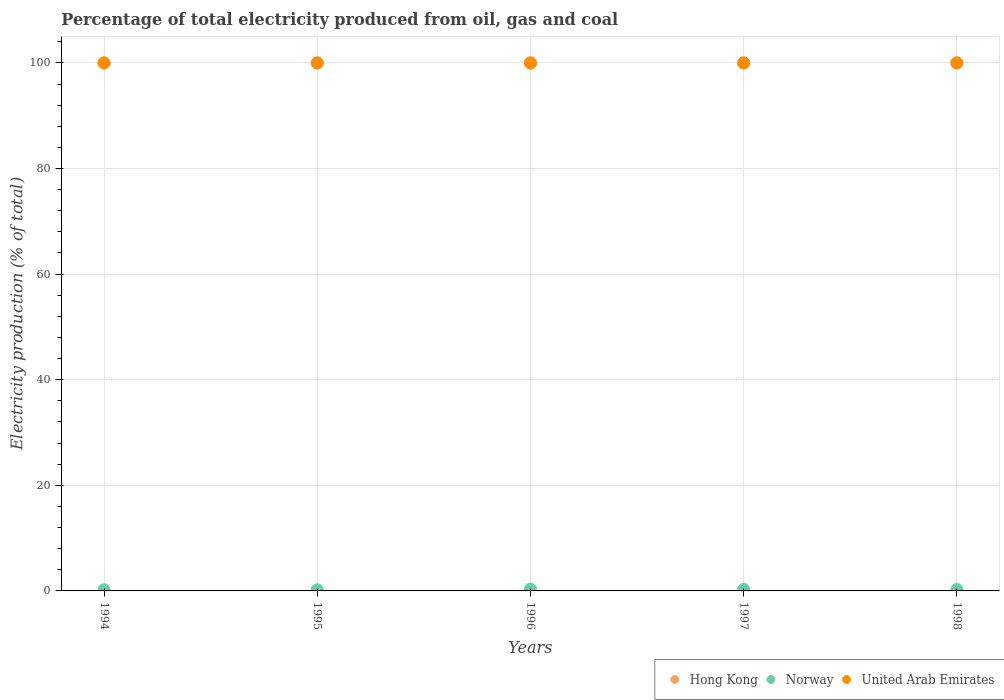
| Years | Hong Kong | Norway | United Arab Emirates |
 | --- | --- | --- | --- |
 | 1994 | 100 | 0.225 | 100 |
 | 1995 | 100 | 0.223 | 100 |
 | 1996 | 100 | 0.354 | 100 |
 | 1997 | 100 | 0.293 | 100 |
 | 1998 | 100 | 0.265 | 100 |